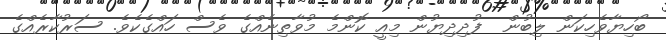
ބޯހިޔާވެހިކަން ލިބުން  ފުދިދިޔުން މިއީ ކޮންމެ މުވާތިނެއްގެ ވެސް ހައްގެކެވެ. ސަރުކާރެއްގެ